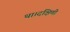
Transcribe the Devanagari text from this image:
था।दक्षिणी